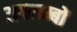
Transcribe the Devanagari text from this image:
अवलम्बों